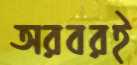
অরবরই